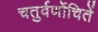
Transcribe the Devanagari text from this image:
चतुर्वर्णोचितें